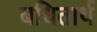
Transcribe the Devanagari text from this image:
बधितार्थ